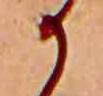
か